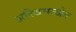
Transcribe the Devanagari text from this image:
अस्थिमज्जेत